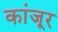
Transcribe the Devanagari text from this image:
कांजूर